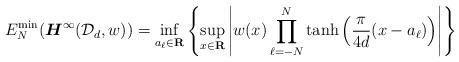
LaTeX: \begin{align*}E_{N}^{\mathrm{min}}(\boldsymbol{H}^{\infty}(\mathcal{D}_{d}, w)) = \inf_{a_{\ell} \in \mathbf{R}} \left\{ \sup_{x \in \mathbf{R}}\left|w(x) \prod_{\ell=-N}^{N} \tanh \left( \frac{\pi}{4d} (x - a_{\ell}) \right)\right|\right\}\end{align*}